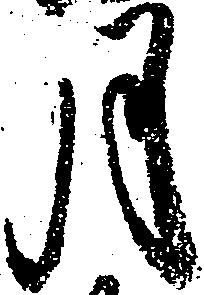
月